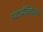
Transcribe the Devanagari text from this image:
पदार्थविवेचना